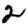
Digit: 2